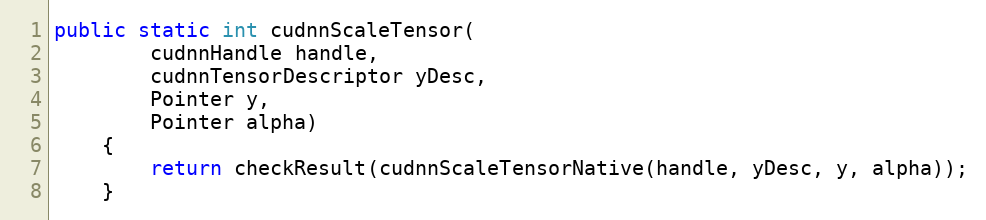
Language: Java
public static int cudnnScaleTensor(
        cudnnHandle handle,
        cudnnTensorDescriptor yDesc,
        Pointer y,
        Pointer alpha)
    {
        return checkResult(cudnnScaleTensorNative(handle, yDesc, y, alpha));
    }